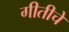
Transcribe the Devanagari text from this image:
गीतीचे